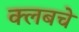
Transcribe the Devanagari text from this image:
क्‍लबचे